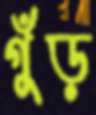
গুঁড়